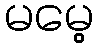
မမေ့